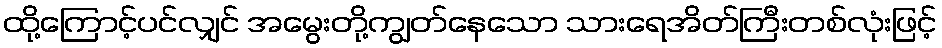
ထို့ကြောင့်ပင်လျှင် အမွေးတို့ကျွတ်နေသော သားရေအိတ်ကြီးတစ်လုံးဖြင့်